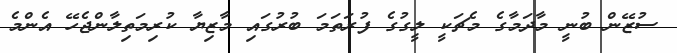
ސުޒޭން ބުނީ މާދަމާގެ މެޗަކީ ލީގުގެ ފުރަތަމަ ބުރުގައި މާޒިޔާ ކުރިމަތިލާންޖެހޭ އެންމެ